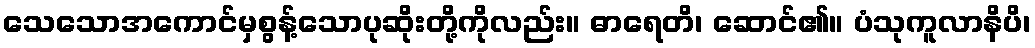
သေသောအကောင်မှစွန့်သောပုဆိုးတို့ကိုလည်း။ ဓာရေတိ၊ ဆောင်၏။ ပံသုကူလာနိပိ၊